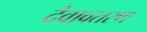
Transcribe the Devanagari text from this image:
दैवावतरण